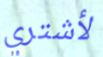
لأشتري